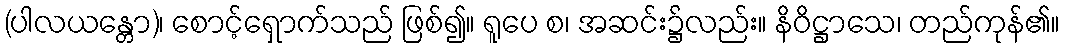
(ပါလယန္တော)၊ စောင့်ရှောက်သည် ဖြစ်၍။ ရူပေ စ၊ အဆင်း၌လည်း။ နိဝိဋ္ဌာသေ၊ တည်ကုန်၏။